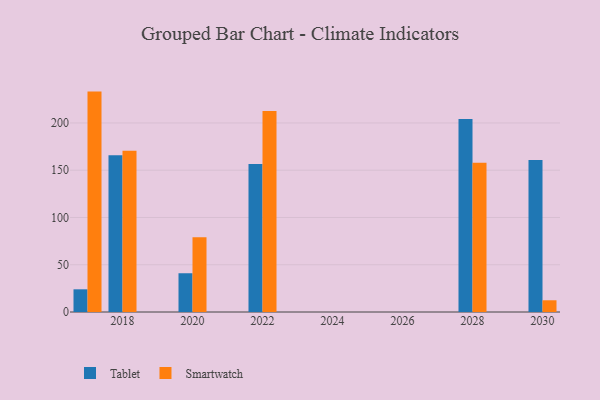
{"axis": {"x": "Year", "y": "Shipments"}, "legend": ["Smartwatch", "Tablet"], "data": [{"x": "2017", "y": 24.0, "type": "Tablet"}, {"x": "2017", "y": 233.2, "type": "Smartwatch"}, {"x": "2022", "y": 156.6, "type": "Tablet"}, {"x": "2022", "y": 212.8, "type": "Smartwatch"}, {"x": "2018", "y": 165.8, "type": "Tablet"}, {"x": "2018", "y": 170.6, "type": "Smartwatch"}, {"x": "2030", "y": 160.9, "type": "Tablet"}, {"x": "2030", "y": 12.4, "type": "Smartwatch"}, {"x": "2020", "y": 41.0, "type": "Tablet"}, {"x": "2020", "y": 79.0, "type": "Smartwatch"}, {"x": "2028", "y": 204.2, "type": "Tablet"}, {"x": "2028", "y": 157.9, "type": "Smartwatch"}]}